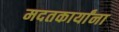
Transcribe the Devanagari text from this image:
मदतकार्यांना